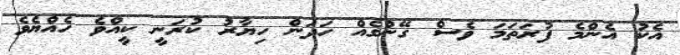
އެކު އެންމެ ފުރަތަމަ ވެސް ގޭންގެއް ހަދަން ހިޔާރު ކުރަނީ ކީއްވެ ހެއްޔެވެ